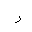
Letter: _ra